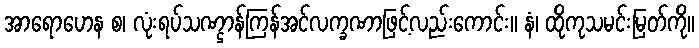
အာရောဟေန စ၊ လုံးရပ်သဏ္ဌာန်ကြန်အင်လက္ခဏာဖြင့်လည်းကောင်း။ နံ၊ ထိုကုသမင်းမြတ်ကို။